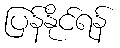
ပြန်နိုင်ရန်